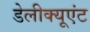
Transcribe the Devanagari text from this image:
डेलीक्यूएंट